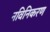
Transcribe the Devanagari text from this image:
नविनिकरण